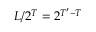
L / 2 ^ { T } = 2 ^ { T ^ { \prime } - T }